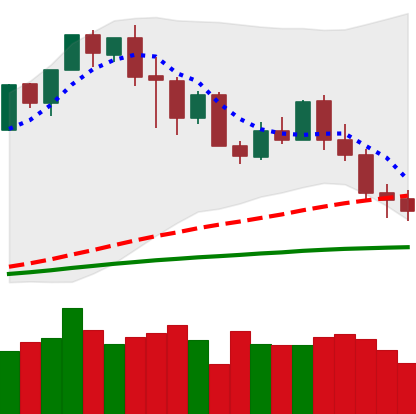
Ticker: XMR-USD
Chart end date: 2020-02-28
Forward return: -3.391%
Label: down_3_5